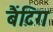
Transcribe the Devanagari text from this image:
बैंटिग